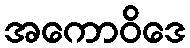
အကောဝိဒေ